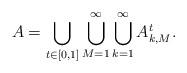
LaTeX: \begin{align*}A=\bigcup_{t\in[0,1]}\bigcup_{M=1}^{\infty}\bigcup_{k=1}^{\infty}A_{k,M}^{t}.\end{align*}